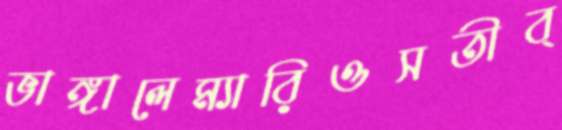
ভাঙ্গালেম্যারিওসতীব্